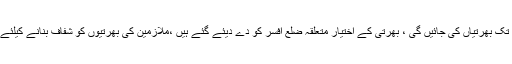
ابتدائی مرحلے میں ایک سے گیارہ گریڈ تک بھرتیاں کی جائیں گی ، بھرتی کے اختیار متعلقہ ضلع افسر کو دے دیئے گئے ہیں ،ملازمین کی بھرتیوں کو شفاف بنانے کیلئے نگران کمیٹیاں بھی قائم کر دی گئی ہیں۔